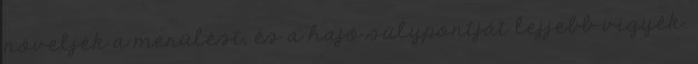
növeljék a merülést, és a hajó súlypontját lejjebb vigyék.